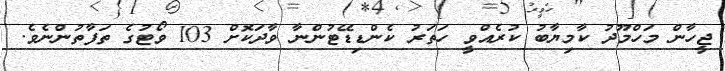
ޖީހާން މަހްމޫދު ކާމިޔާބު ކުރެއްވީ ހަތަރު ކެންޑިޑޭޓުންނާ ވާދަކޮށް 103 ވޯޓުގެ ތަފާތުންނެވެ.